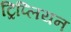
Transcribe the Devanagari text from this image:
ट्रिप्लियन